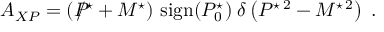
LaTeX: { \cal A } _ { X P } = \left( P \! \! \! \! \mathrm { \large / } ^ { \star } + M ^ { \star } \right) \, \mathrm { s i g n } ( P _ { 0 } ^ { \star } ) \; \delta \left( P ^ { \star \, 2 } - M ^ { \star \, 2 } \right) \; .